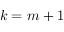
k = m + 1